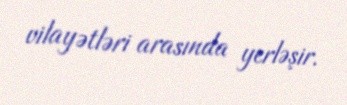
vilayətləri arasında yerləşir.